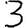
Digit: 3